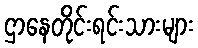
ဌာနေတိုင်းရင်းသားများ